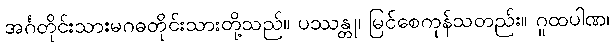
အင်္ဂတိုင်းသားမဂဓတိုင်းသားတို့သည်။ ပဿန္တု၊ မြင်စေကုန်သတည်း။ ဂူထပါဏ၊